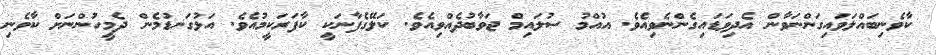
ކާވެނިބައްލަވައިގަންނަވާން އެދިވަޑައިގެންނެވިއެވެ. އުއްމު ސުލައިމް ޖަވާބުދެއްވިއެވެ. ކަލޭގެފާނަކީ ކާފަރަކީމުއެވެ. އަޅުގަނޑުމެން ދެމީހުންނަށް ކާވެނި